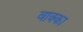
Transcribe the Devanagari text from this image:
वाक्का